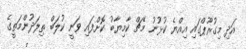
އަދި މިގުރޫޕްގައި އިއްޔެ ކުޅުނު މެޗް ކާމިޔާބު ކޮށްފައި ވަނީ ކުލަބް ތިލަދުންމަތީގެ